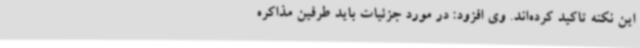
این نکته تاکید کرده‌اند. وی افزود: در مورد جزئیات باید طرفین مذاکره